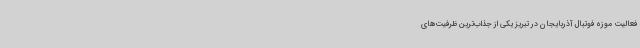
فعالیت موزه فوتبال آذربایجان در تبریز یکی از جذاب‌ترین ظرفیت‌های